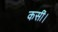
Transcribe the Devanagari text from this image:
कसीं।